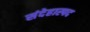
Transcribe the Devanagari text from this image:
संदेहास्‍पद